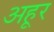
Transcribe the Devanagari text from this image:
अहूर